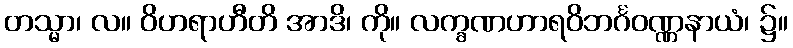
တသ္မာ၊ လ။ ဝိဟရာဟီတိ အာဒိ၊ ကို။ လက္ခဏဟာရဝိဘင်္ဂဝဏ္ဏနာယံ၊ ၌။